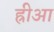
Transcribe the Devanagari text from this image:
ह्रीआ